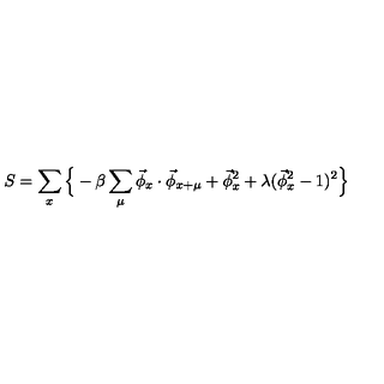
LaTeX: S = \sum _ { x } \Big \{ - \beta \sum _ { \mu } \vec { \phi } _ { x } \cdot \vec { \phi } _ { x + \mu } + \vec { \phi } _ { x } ^ { 2 } + \lambda ( \vec { \phi } _ { x } ^ { 2 } - 1 ) ^ { 2 } \Big \}